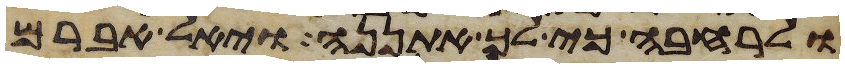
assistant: ולרחבה כי לך אתננה ויאל אברם